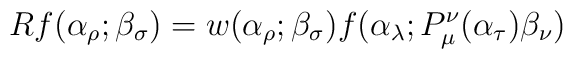
Rf(\alpha_\rho;\beta_\sigma) =w(\alpha_\rho; \beta_\sigma)f(\alpha_\lambda;P_\mu^\nu(\alpha_\tau)\beta_\nu)